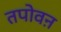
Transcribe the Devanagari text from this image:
तपोवऩ